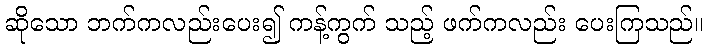
ဆိုသော ဘက်ကလည်းပေး၍ ကန့်ကွက် သည့် ဖက်ကလည်း ပေးကြသည်။